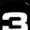
Digit: 3